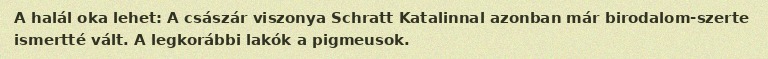
A halál oka lehet: A császár viszonya Schratt Katalinnal azonban már birodalom-szerte ismertté vált. A legkorábbi lakók a pigmeusok.